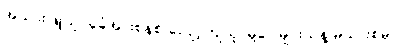
အသားဖြူသူ၊ ခုခံအားစနစ် လျော့ကျသူ၊ မှဲ့ပေါများသူနဲ့ မိသားစုမှာ